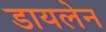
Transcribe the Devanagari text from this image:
डायलेन